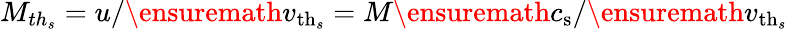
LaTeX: M_{th_{s}}=u/\ensuremath{v_{\mathrm{th}_{s}}}=M\ensuremath{c_{\mathrm{s}}}/\ensuremath{v_{\mathrm{th}_{s}}}